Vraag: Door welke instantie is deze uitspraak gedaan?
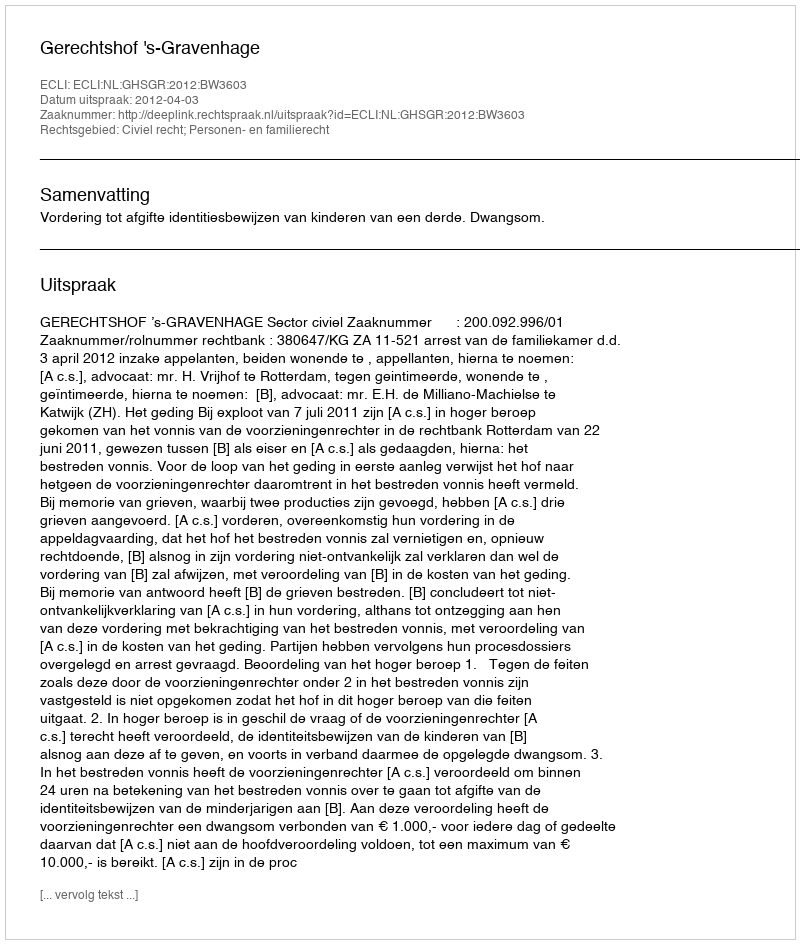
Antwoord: Gerechtshof 's-Gravenhage